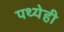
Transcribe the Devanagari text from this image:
पथ्येही